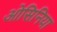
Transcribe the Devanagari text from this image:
ओसिनिया